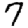
Digit: 7